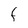
Character: F